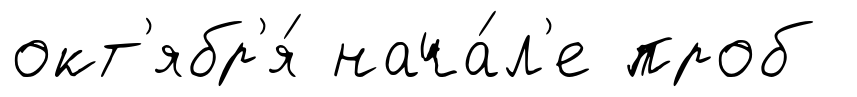
окт'ябр'я́ нача́л'е проб